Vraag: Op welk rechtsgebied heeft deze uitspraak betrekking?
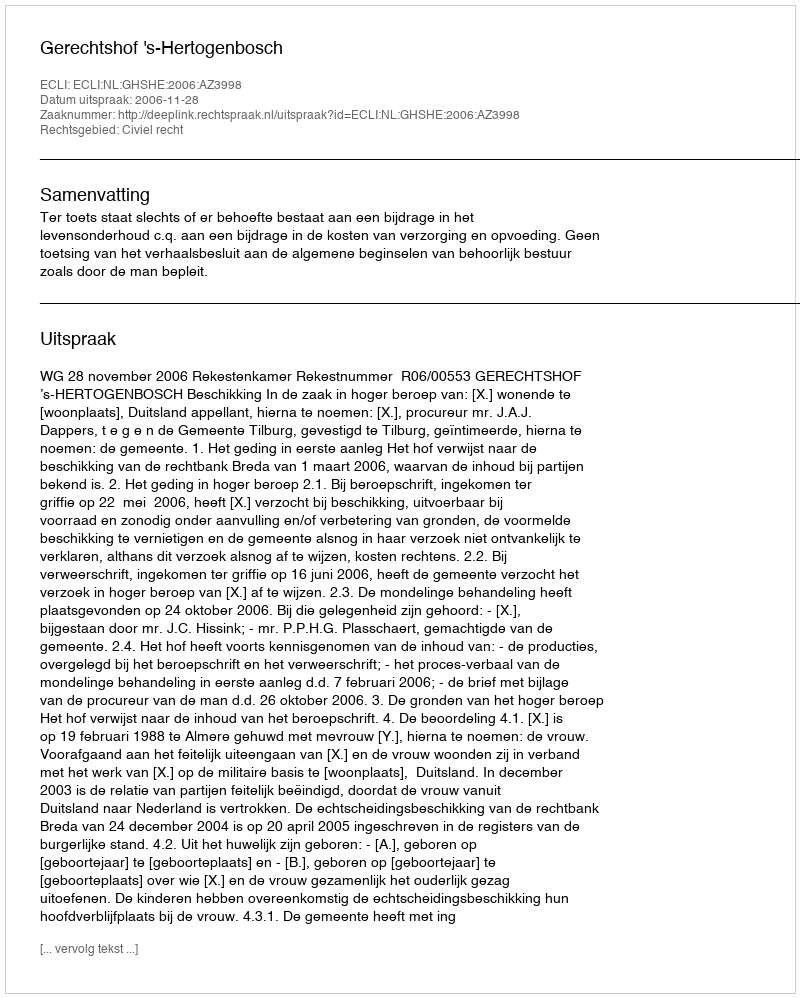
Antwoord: Civiel recht